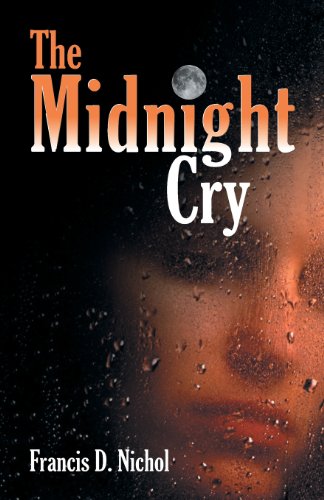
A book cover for The Midnight Cry; Francis D. Nichol; Christian Books & Bibles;